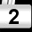
Digit: 2